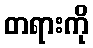
တရားကို